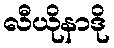
လီယိုနာဒို